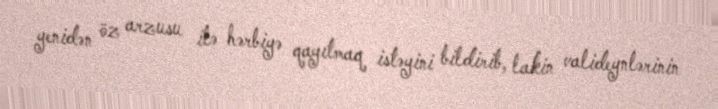
yenidən öz arzusu ilə hərbiyə qayıtmaq istəyini bildirib, lakin valideynlərinin